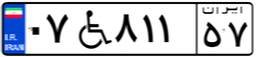
۲۲W۱۷۷۶۴